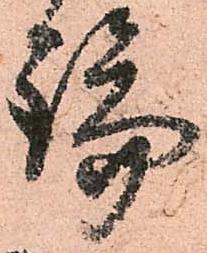
論